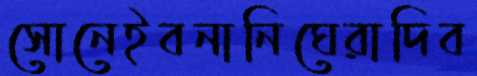
সোনেইবনানিঘেরাদিব